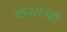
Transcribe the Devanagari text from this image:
वापरातही